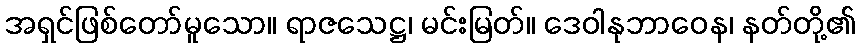
အရှင်ဖြစ်တော်မူသော။ ရာဇသေဋ္ဌ၊ မင်းမြတ်။ ဒေဝါနုဘာဝေန၊ နတ်တို့၏